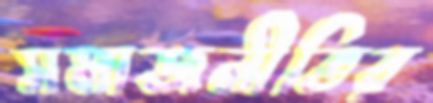
সমাজনীতির